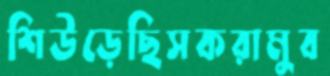
শিউড়েছিসকরামুব